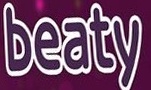
beaty